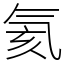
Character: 氦